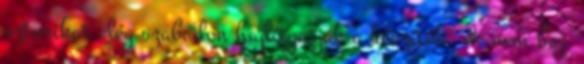
sztorikat elég szabadon hajlítgatják a készítők, de nem baj.